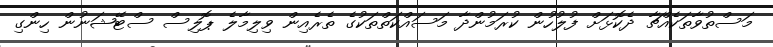
މަސްތުވާތަކެއްޗާ ދެކޮޅަށް ފުލުހުން ކުރަމުންދާ މަސައްކަތްތަކުގެ ތެރެއިން ވިލިމާލެ ޕޮލިސް ސްޓޭޝަނުން ހިންގި